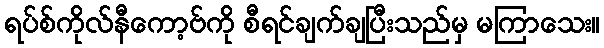
ရပ်စ်ကိုလ်နီကော့ဗ်ကို စီရင်ချက်ချပြီးသည်မှ မကြာသေး။